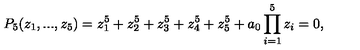
P _ { 5 } ( z _ { 1 } , . . . , z _ { 5 } ) = z _ { 1 } ^ { 5 } + z _ { 2 } ^ { 5 } + z _ { 3 } ^ { 5 } + z _ { 4 } ^ { 5 } + z _ { 5 } ^ { 5 } + a _ { 0 } \prod _ { i = 1 } ^ { 5 } z _ { i } = 0 ,